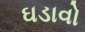
ઘડાવો